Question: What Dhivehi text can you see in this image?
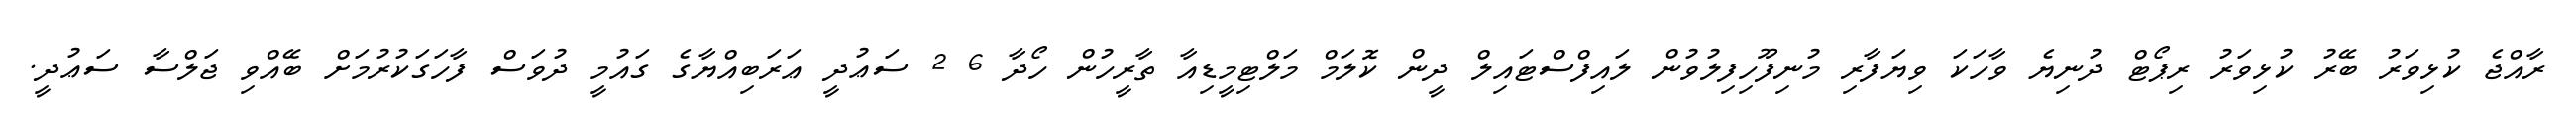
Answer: ރާއްޖެ ކުޅިވަރު ބޭރު ކުޅިވަރު ރިޕޯޓް ދުނިޔެ ވާހަކަ ވިޔަފާރި މުނިފޫހިފިލުވުން ލައިފްސްޓައިލް ދީން ކޮލަމް މަލްޓިމީޑިއާ ތާރީހުން ހޯދާ 6 2 ސަޢުދީ ޢަރަބިއްޔާގެ ގައުމީ ދުވަސް ފާހަގަކުރުމަށް ބޭއްވި ޖަލްސާ ސަޢުދީ.